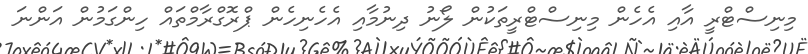
މިނިސްޓްރީ އާއި އެހެން މިނިސްޓްރީތަކުން ލޯނު ދިނުމާއި އެހެނިހެން ޕްރޮގްރާމްތައް ހިންގަމުން އަންނަ